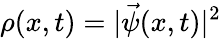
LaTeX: \rho(x,t)=|\vec{\psi}(x,t)|^{2}